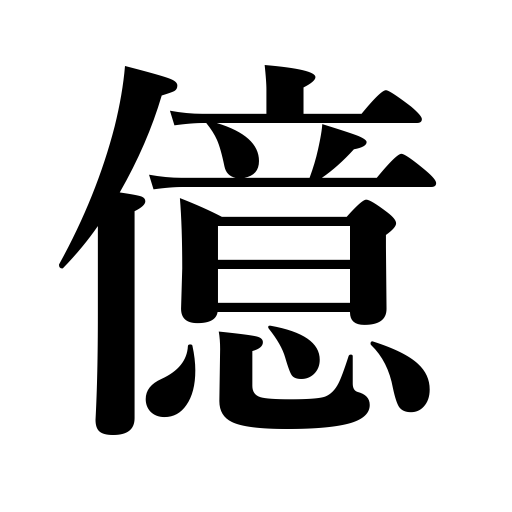
Meanings: 100000000